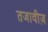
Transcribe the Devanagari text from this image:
तजावीज़